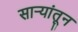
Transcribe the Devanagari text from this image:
सार्‍यांतून